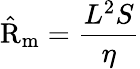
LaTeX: \mathrm{\hat{R}}_{\mathrm{m}}={\frac{L^{2}S}{\eta}}